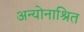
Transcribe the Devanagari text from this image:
अन्योनाश्रित